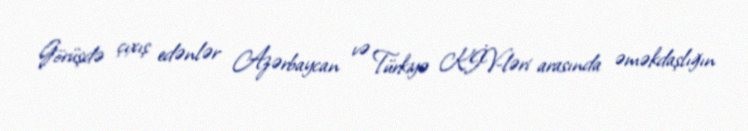
Görüşdə çıxış edənlər Azərbaycan və Türkiyə KİV-ləri arasında əməkdaşlığın